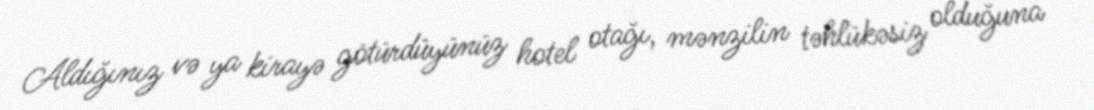
Aldığınız və ya kirayə götürdüyünüz hotel otağı, mənzilin təhlükəsiz olduğuna